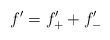
\begin{align*} f' = f'_+ + f'_-\end{align*}